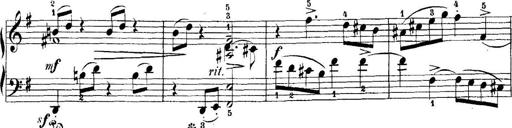
Title: 5 Sonatinas
Composer: Theodor Kirchner